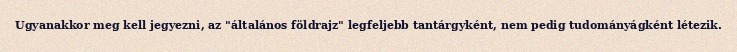
Ugyanakkor meg kell jegyezni, az "általános földrajz" legfeljebb tantárgyként, nem pedig tudományágként létezik.